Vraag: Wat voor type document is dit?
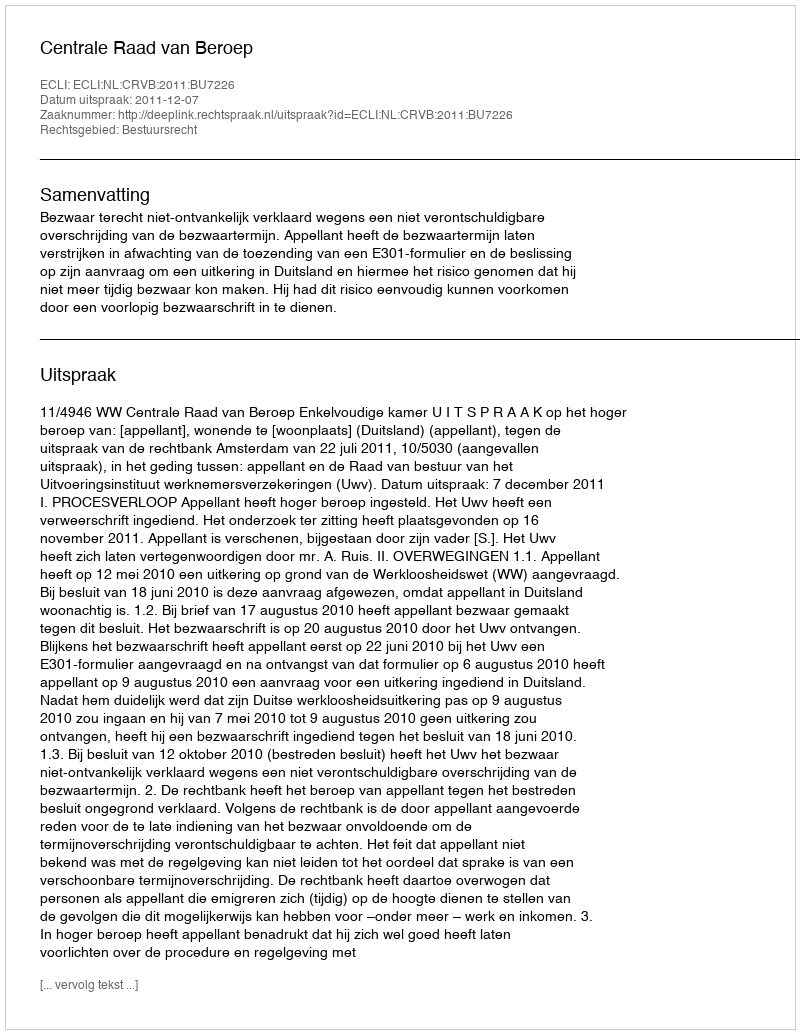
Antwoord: Uitspraak